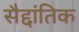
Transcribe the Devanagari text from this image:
सैद्दांतिक